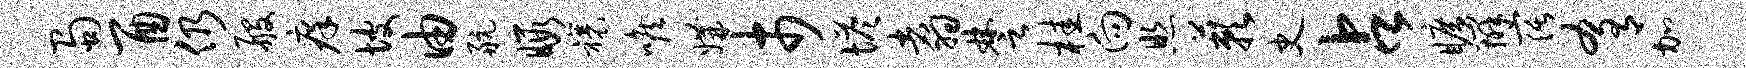
蜀酉仍般痒坡由航暇禳喉媾市塔翥楚桂向照蔌史占旷辨阔肴加